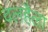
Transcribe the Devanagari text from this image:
वलहैला